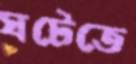
ঘটেতে